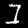
Label: 1